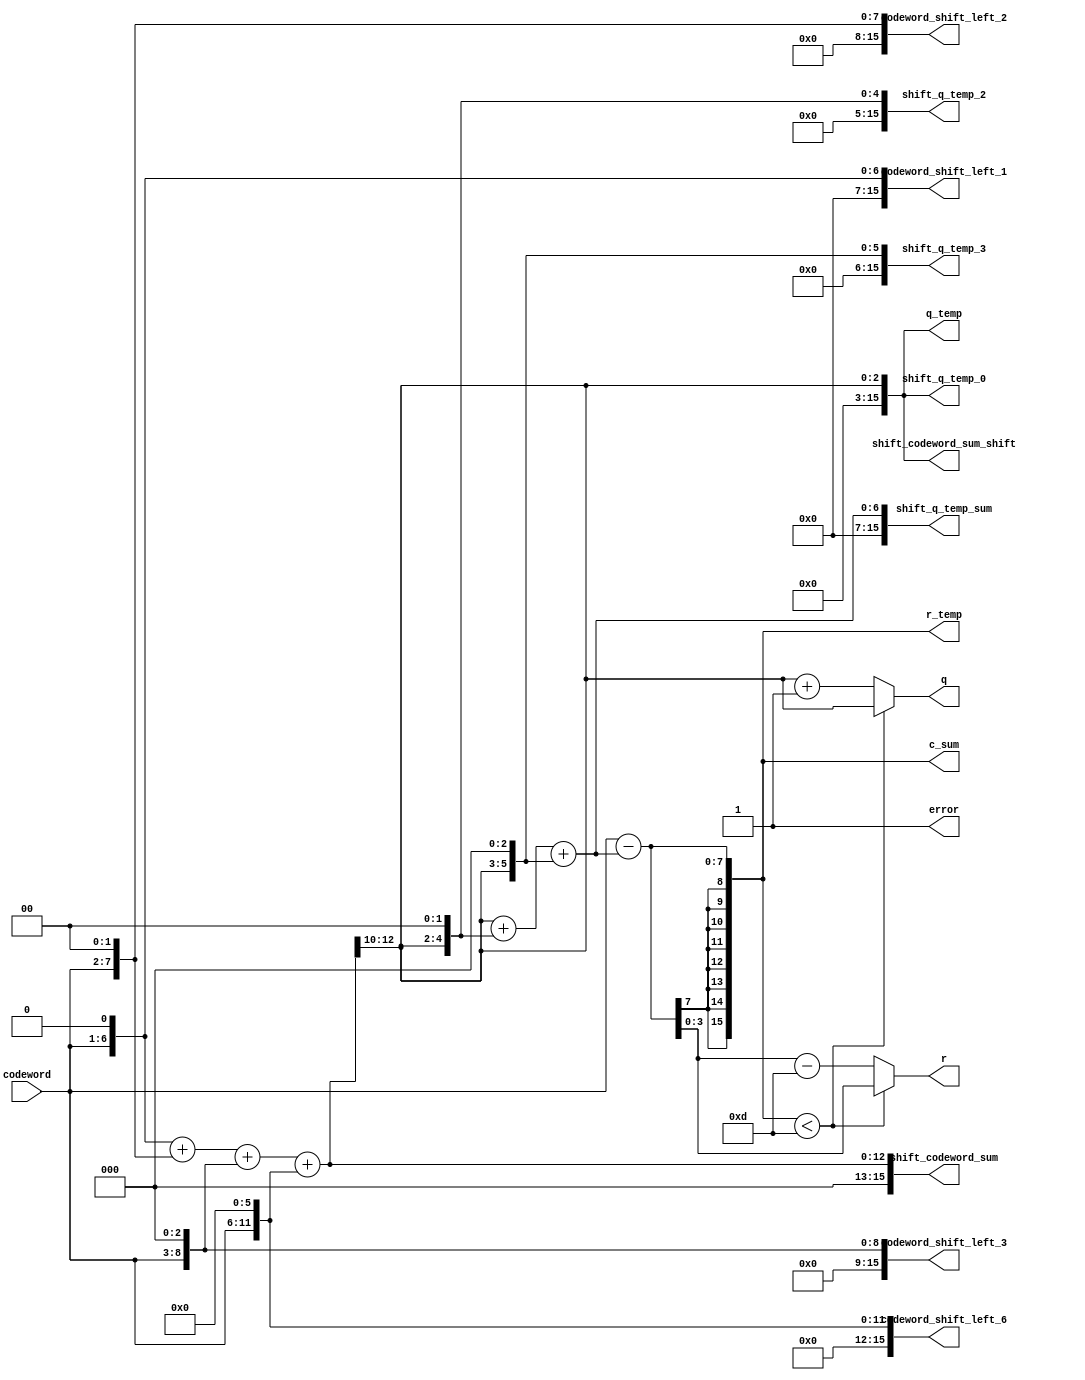
module barrett_n13_test(input [5:0] codeword,
                    output [15:0]q_temp,
                    output [15:0]r_temp,
					output  [2:0]q,
					output [3:0]r ,
					output [15:0]codeword_shift_left_1,
					output [15:0]codeword_shift_left_2,
					output [15:0]codeword_shift_left_3,
					output [15:0]codeword_shift_left_6,
					output [15:0]shift_codeword_sum,
					output [15:0]shift_codeword_sum_shift,
					output [15:0]shift_q_temp_0,
					output [15:0]shift_q_temp_2,
					output [15:0]shift_q_temp_3,
					output [15:0]shift_q_temp_sum,
					output [15:0]c_sum,
					
					output error
					//,output  [5:0] receive

    );

    

	   wire  [15:0]q_temp,shift_q_temp_0,shift_q_temp_2,shift_q_temp_3,shift_q_temp_sum,c_sum;
	   wire  [15:0]r_temp;
	   wire [15:0] shift_codeword_sum,shift_codeword_sum_shift;
	   
		wire[15:0] codeword_shift_left_1,codeword_shift_left_2,codeword_shift_left_3
				,codeword_shift_left_6;
		
		assign codeword_shift_left_1=codeword<<<1;
		assign codeword_shift_left_2=codeword<<<2;
		assign codeword_shift_left_3=codeword<<<3;
		assign codeword_shift_left_6=codeword<<<6;
		assign shift_codeword_sum=codeword_shift_left_1+codeword_shift_left_2+codeword_shift_left_3+codeword_shift_left_6;
		assign shift_codeword_sum_shift=shift_codeword_sum>>>10;
		
		
		assign q_temp = ( (codeword<<<1) +(codeword<<<2) +(codeword<<<3) +(codeword<<<6) ) >>>10; 
		
		
		
		
        assign r_temp = codeword-((q_temp<<<0)+(q_temp<<<2)+(q_temp<<<3));
		
		assign shift_q_temp_0=q_temp<<<0;
		assign shift_q_temp_2=q_temp<<<2;
		assign shift_q_temp_3=q_temp<<<3;
		assign shift_q_temp_sum =shift_q_temp_0+shift_q_temp_2+shift_q_temp_3;
		assign c_sum =codeword-shift_q_temp_sum;
		
        
        assign q = r_temp <4'd13 ? q_temp:q_temp+1'b1;
        //assign q = r_temp <4'd13 ? q_temp:q_temp+1'b1;
        assign r= r_temp <4'd13 ? r_temp:r_temp-4'd13;
		
		assign error = 'd12<'d13 ? 1'b1:1'b0;
        //assign error = r | 6'b0 ? 1'b1:1'b0; 
        //assign receive = codeword;                
                                
endmodule